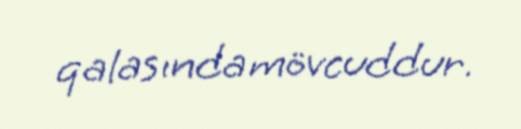
qalasında mövcuddur.